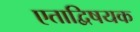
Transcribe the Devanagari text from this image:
एताद्विषयक